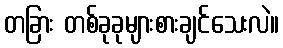
တခြား တစ်ခုခုများစားချင်သေးလဲ။